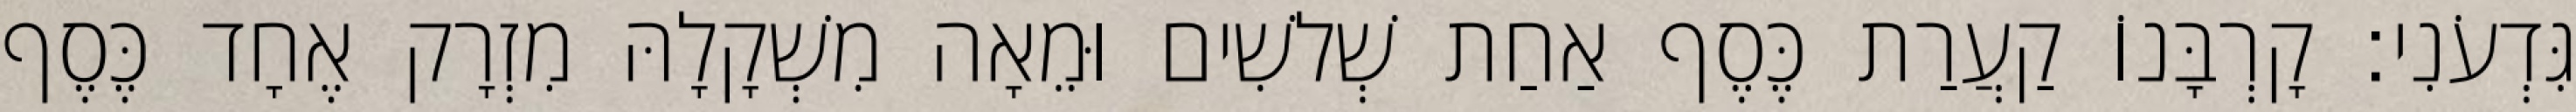
גִּדְעֹנִי׃ קָרְבָּנוֹ קַעֲרַת כֶּסֶף אַחַת שְׁלשִׁים וּמֵאָה מִשְׁקָלָהּ מִזְרָק אֶחָד כֶּסֶף